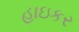
હાઇકર